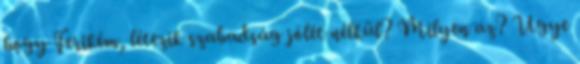
hogy Ferikém, létezik szabadság jólét nélkül? Milyen az? Ugye